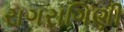
રાગરાગિણી